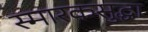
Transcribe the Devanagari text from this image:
स्मारकसुद्धा